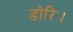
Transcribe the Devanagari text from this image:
डोरि।